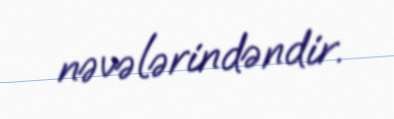
nəvələrindəndir.